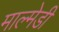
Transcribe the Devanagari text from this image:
माल्मेडी